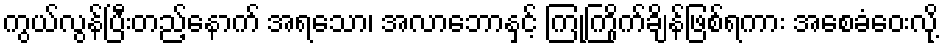
ကွယ်လွန်ပြီးတည့်နောက် အရသော၊ အလာဘောနှင့် ကြုံကြိုက်ချိန်ဖြစ်ရကား အစေခံဝေးလို့